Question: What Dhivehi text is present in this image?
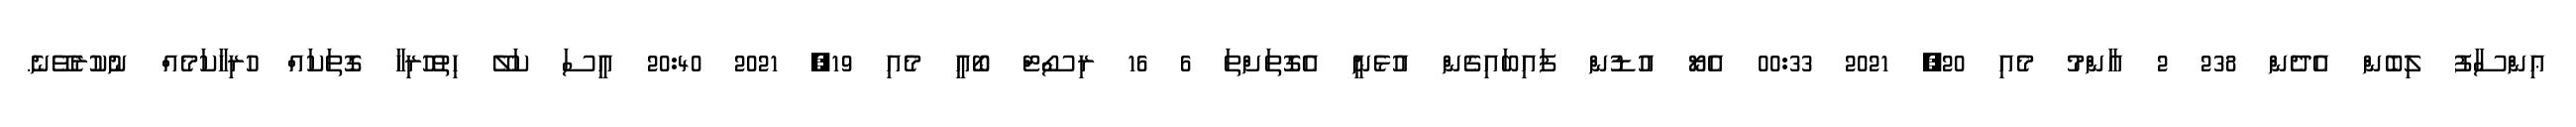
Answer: ޢިންސާފު ލިބެން އެދެން 238 2 އާންމު މެއި 20, 2021 00:33 އެޔޯ އުޑުން ފައިބައިގެން އުޅެނީ އެގޮތަށްތަ 6 16 ރިސޯޓް ބޯއީ މެއި 19, 2021 20:40 އީސަ ކަލޭ ހިތުހުރިހާ ގޮތަކައް ހުރިހާކަމެއް ނުކުރެވޭނެ.